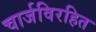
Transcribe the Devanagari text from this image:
चार्जविरहित